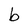
Character: b